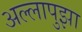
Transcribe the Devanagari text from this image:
अल्लापुझा